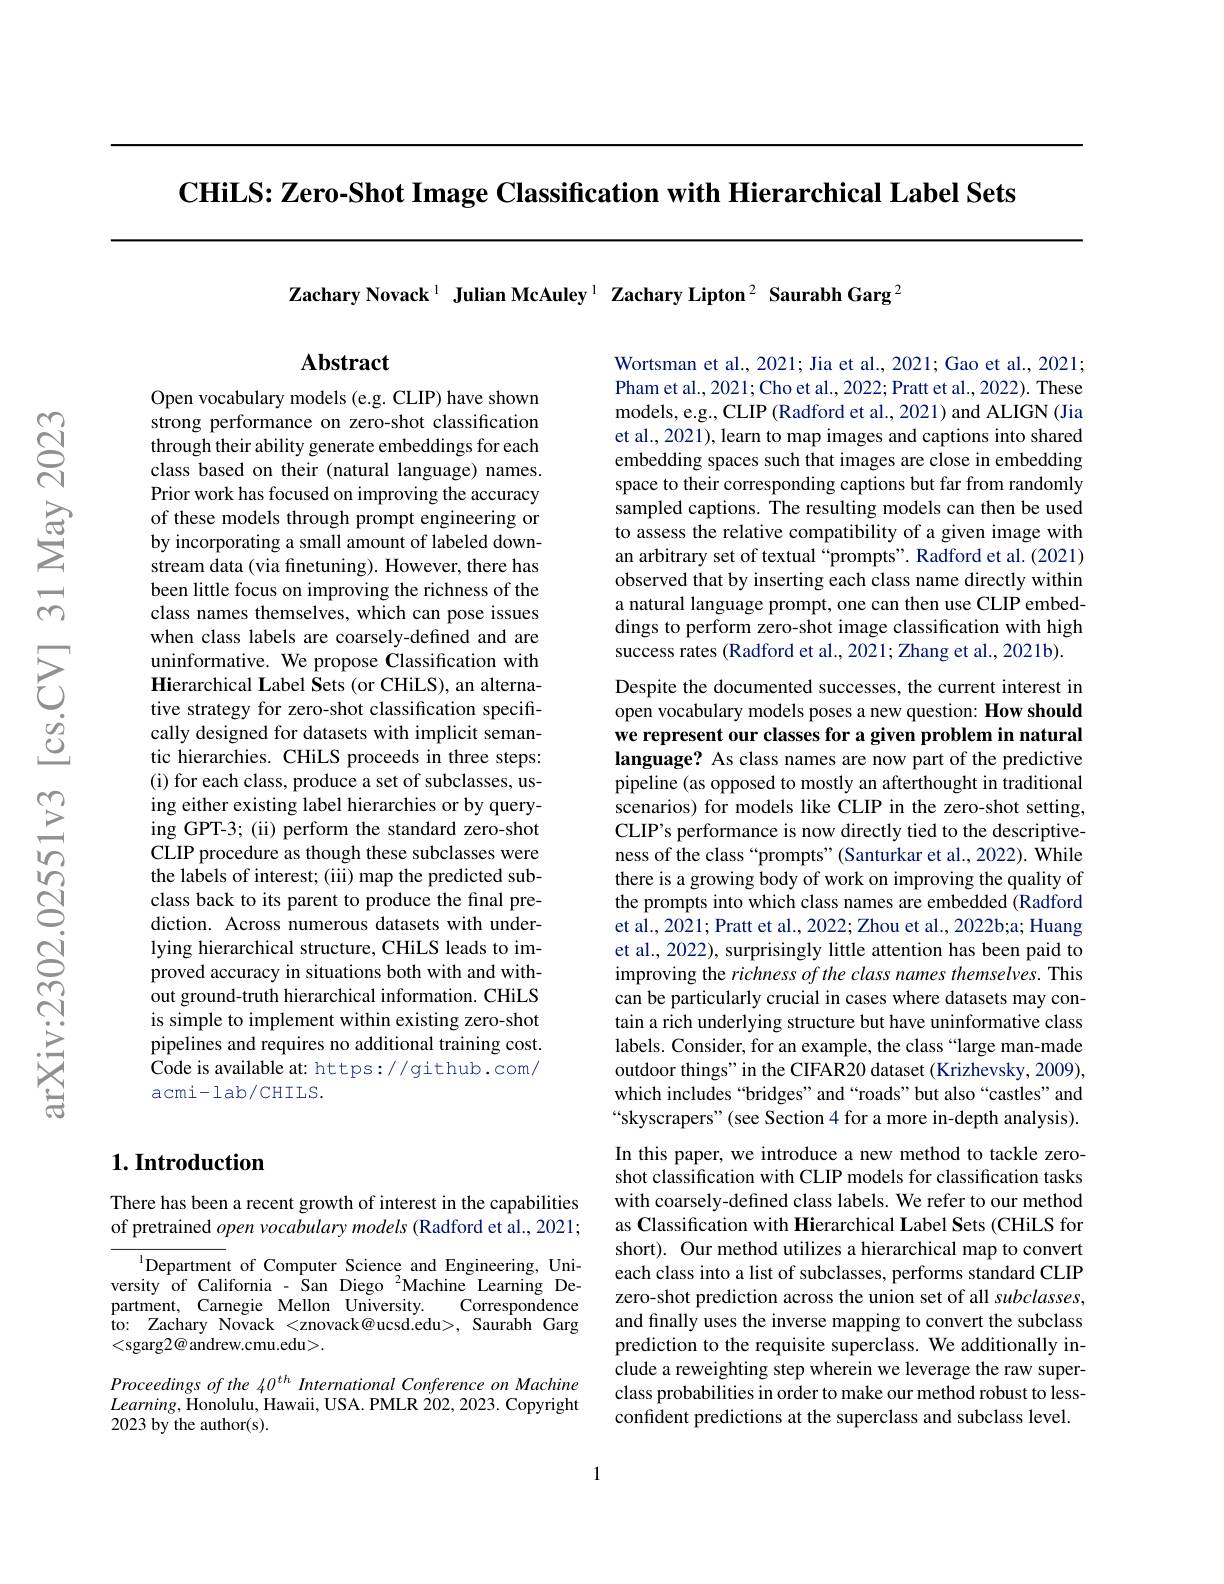
$\textbf{CHiLS: Zero- Shot Image Classification with Hierarchical Label Sets}$

Zachary Novack$^{1}$ Julian McAuley$^{1}$ Zachary Lipton$^{2}\textbf{ Saurabh Garg}^{2}$

## $\mathbf{Abstract}$

Open vocabulary models (e.g. CLIP) have shown strong performance on zero-shot classification through their ability generate embeddings for each class based on their (natural language) names. Prior work has focused on improving the accuracy of these models through prompt engineering or by incorporating a small amount of labeled downstream data (via finetuning). However, there has been little focus on improving the richness of the class names themselves, which can pose issues when class labels are coarsely-defined and are uninformative. We propose Classification with Hierarchical Label Sets (or CHiLS), an alternative strategy for zero-shot classification specifically designed for datasets with implicit semantic hierarchies. CHiLS proceeds in three steps: (i) for each class, produce a set of subclasses, using either existing label hierarchies or by querying GPT-3; (ii) perform the standard zero-shot CLIP procedure as though these subclasses were the labels of interest; (iii) map the predicted subclass back to its parent to produce the final prediction. Across numerous datasets with underlying hierarchical structure, CHiLS leads to improved accuracy in situations both with and without ground-truth hierarchical information. CHiLS is simple to implement within existing zero-shot pipelines and requires no additional training cost. Code is available at: https://github.com/ acmi-lab/CHILS.

### $1. \textbf{Introduction}$

There has been a recent growth of interest in the capabilities of pretrained open vocabulary models (Radford et al., 2021;

$^{1}$Department of Computer Science and Engineering, University of California - San Diego $^{2}$Machine Learning Department, Carnegie Mellon University. Correspondence to: Zachary Novack <znovack@ucsd.edu>, Saurabh Garg <sgarg$2@$andrew.cmu.edu>.

Proceedings of the 40$^{th}$ International Conference on Machine $Learning$,Honolulu, Hawaii, USA. PMLR 202,2023. Copyright 2023 by the author(s).

Wortsman et al., 2021; Jia et al., 2021; Gao et al., 2021; Pham et al., 2021; Cho et al., 2022; Pratt et al., 2022). These models, e.g., CLIP (Radford et al., 2021) and ALIGN (Jia et al., 2021), learn to map images and captions into shared embedding spaces such that images are close in embedding space to their corresponding captions but far from randomly sampled captions. The resulting models can then be used to assess the relative compatibility of a given image with an arbitrary set of textual“prompts”. Radford et al.(2021) observed that by inserting each class name directly within a natural language prompt, one can then use CLIP embeddings to perform zero-shot image classification with high success rates (Radford et al., 2021; Zhang et al., 2021b).
Despite the documented successes, the current interest in

open vocabulary models poses a new question: How should we represent our classes for a given problem in natural language? As class names are now part of the predictive pipeline (as opposed to mostly an afterthought in traditional scenarios) for models like CLIP in the zero-shot setting, CLIP's performance is now directly tied to the descriptiveness of the class“prompts”(Santurkar et al., 2022). $\hat{\mathrm{While}}$ there is a growing body of work on improving the quality of the prompts into which class names are embedded (Radford et al., 2021; Pratt et al., 2022; Zhou et al., 2022b;a; Huang et al., 2022), surprisingly little attention has been paid to improving the richness of the class names themselves. This can be particularly crucial in cases where datasets may contain a rich underlying structure but have uninformative class labels. Consider, for an example, the class “large man-made outdoor things" in the CIFAR20 dataset (Krizhevsky, 2009), which includes “bridges”and “roads”but also “castles”and “skyscrapers" (see Section 4 for a more in-depth analysis). In this paper, we introduce a new method to tackle zeroshot classification with CLIP models for classification tasks with coarsely-defined class labels. We refer to our method as Classification with Hierarchical Label Sets (CHiLS for short). Our method utilizes a hierarchical map to convert each class into a list of subclasses, performs standard CLIP zero-shot prediction across the union set of all subclasses, and finally uses the inverse mapping to convert the subclass prediction to the requisite superclass. We additionally include a reweighting step wherein we leverage the raw superclass probabilities in order to make our method robust to lessconfident predictions at the superclass and subclass level.

1